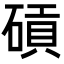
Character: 碽